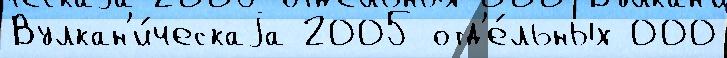
Вулкан'и́ческаjа 2005 отд'е́льных 000